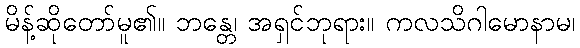
မိန့်ဆိုတော်မူ၏။ ဘန္တေ၊ အရှင်ဘုရား။ ကလသိဂါမောနာမ၊